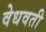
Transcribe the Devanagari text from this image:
वेधवती